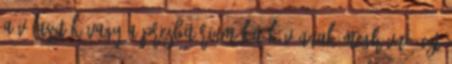
a választók vagy a presbitérium kit kívánnak meghívni. Ezt